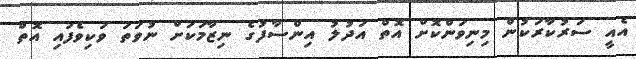
އެއީ ސަރުކާރަކުން މިނިވަންކޮށް އޮތް އަދުލު އިންސާފުގެ ނިޒާމަކަށް ނުވަތަ ވަކިވެފައި އޮތް